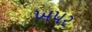
ખપર